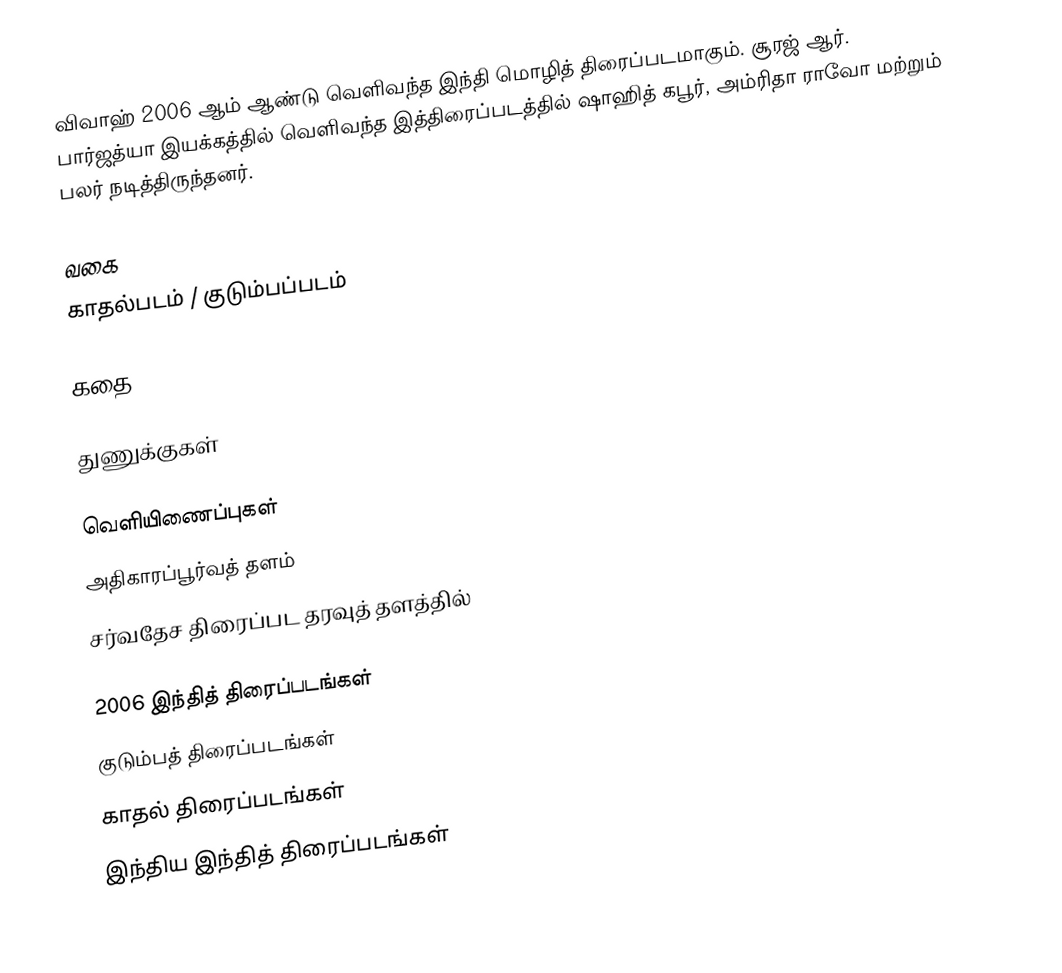
விவாஹ் 2006 ஆம் ஆண்டு வெளிவந்த இந்தி மொழித் திரைப்படமாகும். சூரஜ் ஆர். பார்ஜத்யா இயக்கத்தில் வெளிவந்த இத்திரைப்படத்தில் ஷாஹித் கபூர், அம்ரிதா ராவோ மற்றும் பலர் நடித்திருந்தனர்.

வகை
காதல்படம் / குடும்பப்படம்

கதை

துணுக்குகள்

வெளியிணைப்புகள்
அதிகாரப்பூர்வத் தளம்
சர்வதேச திரைப்பட தரவுத் தளத்தில்

2006 இந்தித் திரைப்படங்கள்
குடும்பத் திரைப்படங்கள்
காதல் திரைப்படங்கள்
இந்திய இந்தித் திரைப்படங்கள்